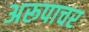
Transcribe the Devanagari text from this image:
अरूपाचर